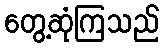
တွေ့ဆုံကြသည်